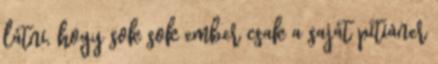
látni, hogy sok sok ember csak a saját pitiáner